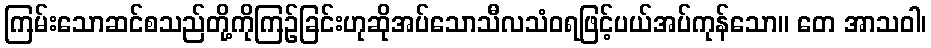
ကြမ်းသောဆင်စသည်တို့ကိုကြဉ်ခြင်းဟုဆိုအပ်သောသီလသံဝရဖြင့်ပယ်အပ်ကုန်သော။ တေ အာသဝါ၊